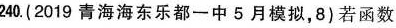
240.(2019青海海东乐都一中5月模拟，8)若函数